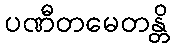
ပဏီတမေတန္တိ